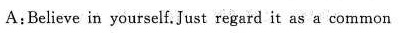
A:Believe in yourself.Just regard it as a common